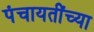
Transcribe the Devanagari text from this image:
पंचायतींच्या